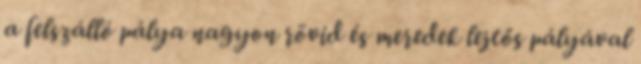
a felszálló pálya nagyon rövid és meredek lejtős pályával